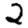
Digit: 2